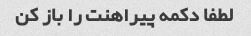
لطفا دکمه پیراهنت را باز کن